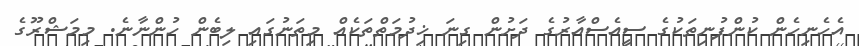
އެހެނިހެން ކުންފުނިތަކުގެ ސީއެސްއާރުގެ ދަށުން ގިނަ ޚިދުމަތްތަކެއް މިތަނުގައި ލިބެން ހުންނާނެ. މިމަޝްރޫގެ